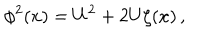
\phi ^ { 2 } ( x ) = U ^ { 2 } + 2 U \zeta ( x ) \, ,